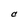
Character: C